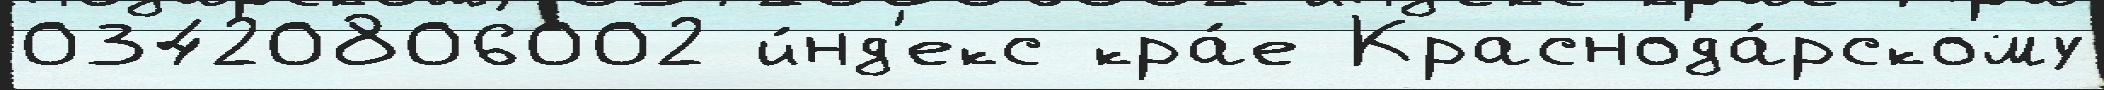
03420806002 и́нд'екс кра́е Краснода́рскому